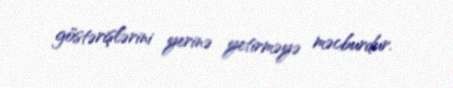
göstərişlərini yerinə yetirməyə məcburdur.